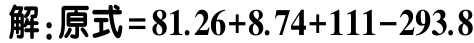
解：原式\(=81.26 + 8.74+111 - 293.8\)